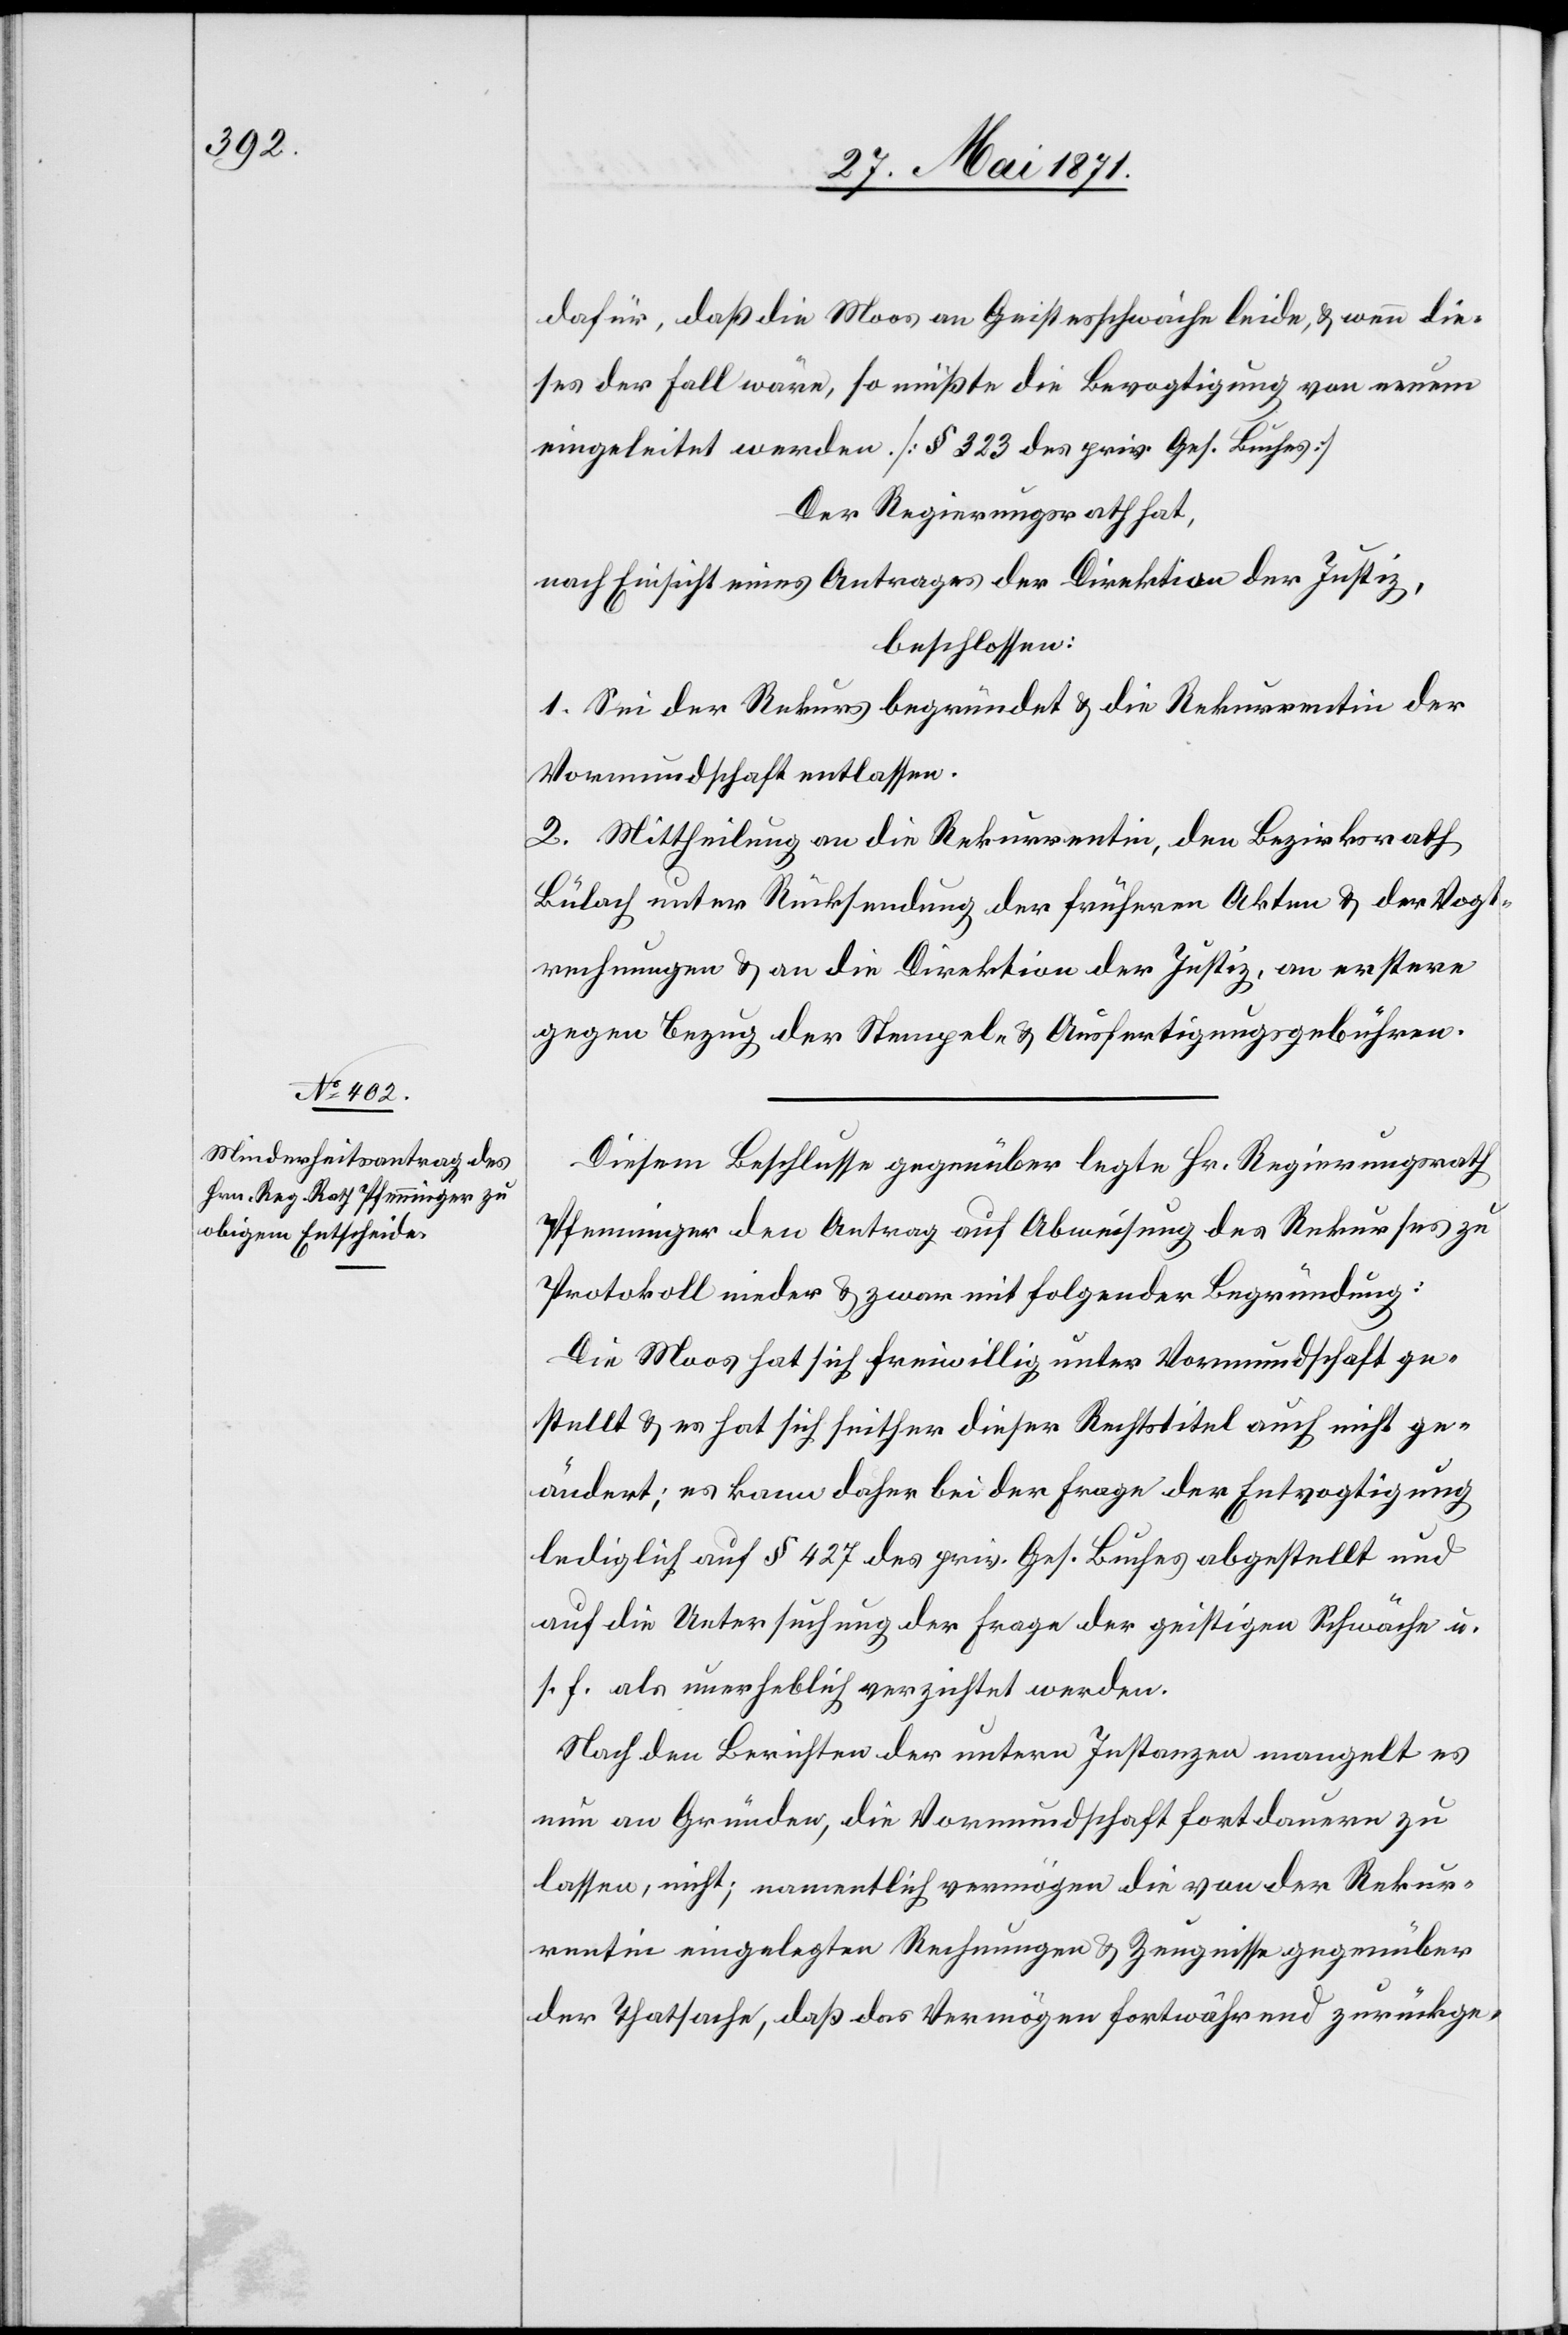
dafür, daß die Moos an Geistesschwäche leide, u. wenn die¬
ses der Fall wäre, so müßte die Bevogtigung von neuem
eingeleitet werden. [§ 323 des priv. Ges. Buches]
Der Regierungsrath hat,
nach Einsicht eines Antrages der Direktion der Justiz,
beschlossen:
1. Sei der Rekurs begründet u. die Rekurrentin der
Vormundschaft entlassen.
2. Mittheilung an die Rekurrentin, den Bezirksrath
Bülach unter Rücksendung der früheren Akten u. der Vogt¬
rechnungen u. an die Direktion der Justiz, an erstere
gegen Bezug der Stempel- u. Ausfertigungsgebühren.
Diesem Beschlusse gegenüber legt Hr. Regierungsrath
Pfenninger den Antrag auf Abweisung des Rekurses zu
Protokoll nieder u. zwar mit folgender Begründung:
Die Moos hat sich freiwillig unter Vormundschaft ge¬
stellt u. es hat sich seither dieser Rechtstitel auch nicht ge¬
ändert; es kann daher bei der Frage der Entvogtigung
lediglich auf § 427 des priv. Ges. Buches abgestellt und
auf die Untersuchung der Frage der geistigen Schwäche u.
s. f. als unerheblich verzichtet werden.
Nach den Berichten der untern Instanzen mangelt es
nun an Gründen, die Vormundschaft fortdauern zu
lassen, nicht; namentlich vermögen die von der Rekur¬
rentin eingelegten Rechnungen u. Zeugnisse gegenüber
der Thatsache, daß das Vermögen fortwährend zurückge-